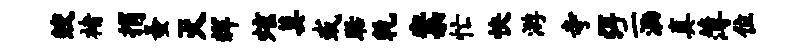
鲛褚捐蚤灭辉炫莫或聒乾案忙快游寺弭二泐真薄位